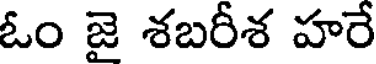
ఓం జై శబరీశ హరే